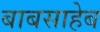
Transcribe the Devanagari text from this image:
बाबसाहेब